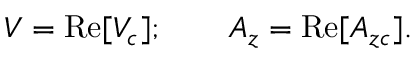
V = \mathrm { R e } [ V _ { c } ] ; \qquad A _ { z } = \mathrm { R e } [ A _ { z c } ] .